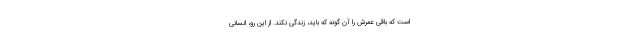
است که باقی عمرش را آن گونه که باید، زندگی نکند. از این رو، انسانی